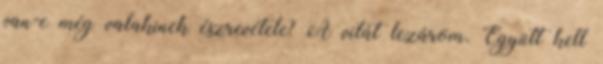
van-e még valakinek észrevétele? A vitát lezárom. Együtt kell